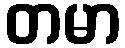
တမာ